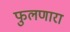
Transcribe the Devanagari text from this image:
फुलणारा